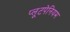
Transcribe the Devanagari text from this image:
प्लूटपेनियम